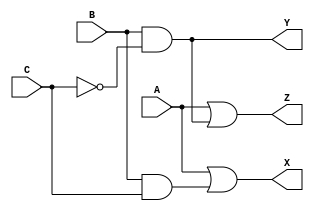
module problem1c(X, Y, Z, A, B, C);
	input A, B, C;
	output reg X, Y, Z;

	always @ (A, B, C)
	begin
		X <= A | (B & C);
		Y <= B & (~C);
		Z <= A | Y;
	end

endmodule